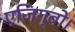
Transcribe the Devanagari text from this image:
एजिग्बो।